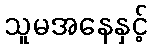
သူမအနေနှင့်